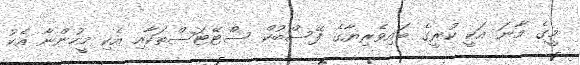
މީގެ މާނަ އަކީ ކުރީގެ ބައިވެރިޔާގެ ފޭސްބުކް ސްޓޭޓަސްތަކާއި އެކި މީހުންނާ އެކު